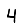
Digit: 4